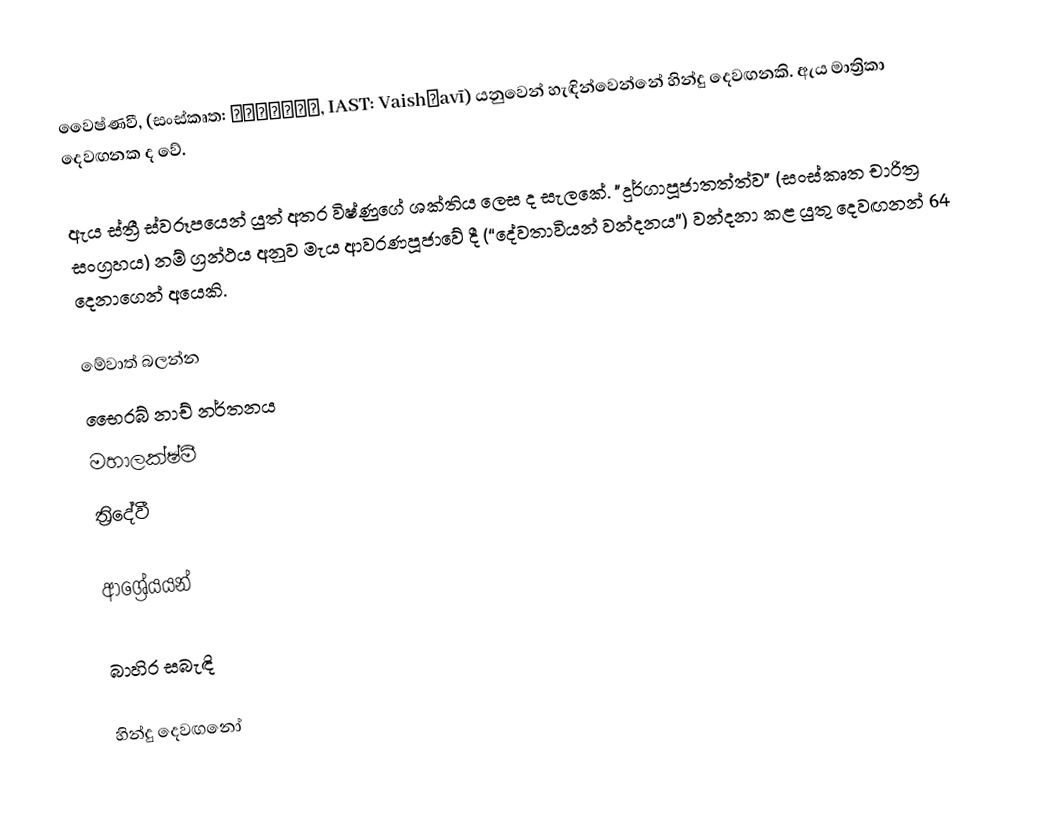
වෛෂ්ණවී, (සංස්කෘත: वैष्णवी, IAST: Vaishṇavī) යනුවෙන් හැඳින්වෙන්නේ හින්දු දෙවඟනකි. ඇය මාත්‍රිකා දෙවඟනක ද වේ.

ඇය ස්ත්‍රී ස්වරූපයෙන් යුත් අතර විෂ්ණුගේ ශක්තිය ලෙස ද සැලකේ. "දුර්ගාපූජාතත්ත්ව" (සංස්කෘත චාරිත්‍ර සංග්‍රහය) නම් ග්‍රන්ථය අනුව මැය ආවරණපූජාවේ දී (“දේවතාවියන් වන්දනය”) වන්දනා කළ යුතු දෙවඟනන් 64 දෙනාගෙන් අයෙකි.

මේවාත් බලන්න
 භෛරබ් නාච් නර්තනය
 මහාලක්ෂ්මී
 ත්‍රිදේවී

ආශ්‍රේයයන්

බාහිර සබැඳි

හින්දු දෙවඟනෝ